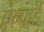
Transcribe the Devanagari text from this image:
ऐल्फर्ड